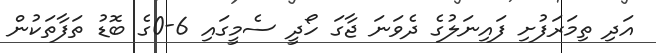
އަދި ތިމަރަފުށި ފައިނަލުގެ ދެވަނަ ޖާގަ ހޯދީ ސެމީގައި 6-0ގެ ބޮޑު ތަފާތަކުން